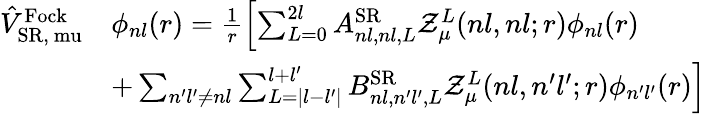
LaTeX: \begin{array}{rl}{\hat{V}_{\mathrm{SR,\ mu}}^{\mathrm{Fock}}}&{\phi_{nl}(r)=\frac{1}{r}\left[\sum_{L=0}^{2l}A_{nl,nl,L}^{\mathrm{SR}}\mathcal{Z}_{\mu}^{L}(nl,nl;r)\phi_{nl}(r)\right.}\\ &{\left.+\sum_{n^{\prime}l^{\prime}\neq nl}\sum_{L=|l-l^{\prime}|}^{l+l^{\prime}}B_{nl,n^{\prime}l^{\prime},L}^{\mathrm{SR}}\mathcal{Z}_{\mu}^{L}(nl,n^{\prime}l^{\prime};r)\phi_{n^{\prime}l^{\prime}}(r)\right]}\end{array}